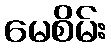
မေစိမ်း